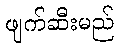
ဖျက်ဆီးမည်